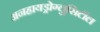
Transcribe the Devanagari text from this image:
अनहायड्रोग्लुसिटॉल